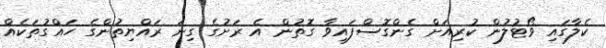
ކެލާގައި ވޯޓުލުން ކުރިއަށް ގެންގޮސްފައިވާ ގޮތުން އެ ރަށުގެ ގިނަ ރައްޔިތުންގެ ހައްގުތަކެއް